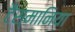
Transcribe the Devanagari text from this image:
टैस्मानिया